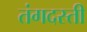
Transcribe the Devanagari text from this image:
तंगदस्ती